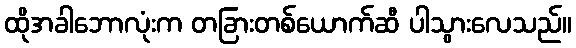
ထိုအခါဘောလုံးက တခြားတစ်ယောက်ဆီ ပါသွားလေသည်။